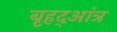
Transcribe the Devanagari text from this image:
बृहद्आंत्र